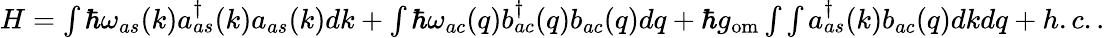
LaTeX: \begin{array}{r}{H=\int\hbar\omega_{as}(k)a_{as}^{\dagger}(k)a_{as}(k)dk+\int\hbar\omega_{ac}(q)b_{ac}^{\dagger}(q)b_{ac}(q)dq+\hbar g_{\mathrm{om}}\int\int a_{as}^{\dagger}(k)b_{ac}(q)dkdq+h.c..}\end{array}